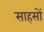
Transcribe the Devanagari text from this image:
साहसों